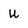
Character: U